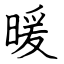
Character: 暖